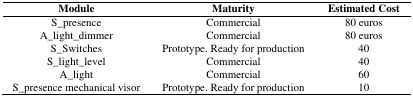
| Module | Maturity | Estimated Cost |
 | --- | --- | --- |
 | S_presence | Commercial | 80 euros |
 | A_light_dimmer | Commercial | 80 euros |
 | S_Switches | Prototype. Ready for production | 40 |
 | S_light_level | Commercial | 40 |
 | A_light | Commercial | 60 |
 | S_presence mechanical visor | Prototype. Ready for production | 10 |